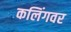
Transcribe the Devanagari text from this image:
कलिंगवर